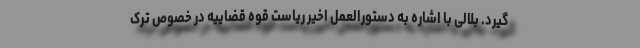
گیرد. بلالی با اشاره به دستورالعمل اخیر ریاست قوه قضاییه در خصوص ترک